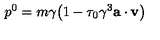
p ^ { 0 } = m \gamma \bigl ( 1 - \tau _ { 0 } \gamma ^ { 3 } { \bf a } \cdot { \bf v } \bigr )